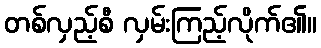
တစ်လှည့်စီ လှမ်းကြည့်လိုက်၏။